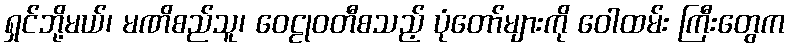
ရှင်ဘို့မယ်၊ မဏိစည်သူ၊ ဝေဠုဝတီစသည့် ပုံတော်များကို ဝေါထမ်း ကြီးတွေက